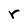
Character: r